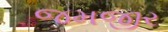
જમજીર